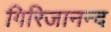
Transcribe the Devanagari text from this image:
गिरिजानन्द